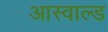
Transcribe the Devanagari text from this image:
आस्वाल्ड